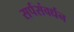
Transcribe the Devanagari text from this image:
सर्पसंवर्धन